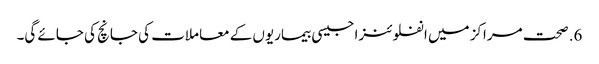
6. صحت مراکز میں انفلوئنزا جیسی بیماریوں کے معاملات کی جانچ کی جائے گی۔